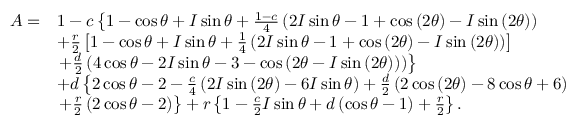
\begin{array} { r l } { A = } & { 1 - c \left\lbrace 1 - \cos \theta + I \sin \theta + \frac { 1 - c } { 4 } \left( 2 I \sin \theta - 1 + \cos \left( 2 \theta \right) - I \sin \left( 2 \theta \right) \right) \right. } \\ & { + \frac { r } { 2 } \left[ 1 - \cos \theta + I \sin \theta + \frac { 1 } { 4 } \left( 2 I \sin \theta - 1 + \cos \left( 2 \theta \right) - I \sin \left( 2 \theta \right) \right) \right] } \\ & { \left. + \frac { d } { 2 } \left( 4 \cos \theta - 2 I \sin \theta - 3 - \cos \left( 2 \theta - I \sin \left( 2 \theta \right) \right) \right) \right\rbrace } \\ & { + d \left\lbrace 2 \cos \theta - 2 - \frac { c } { 4 } \left( 2 I \sin \left( 2 \theta \right) - 6 I \sin \theta \right) + \frac { d } { 2 } \left( 2 \cos \left( 2 \theta \right) - 8 \cos \theta + 6 \right) \right. } \\ & { \left. + \frac { r } { 2 } \left( 2 \cos \theta - 2 \right) \right\rbrace + r \left\lbrace 1 - \frac { c } { 2 } I \sin \theta + d \left( \cos \theta - 1 \right) + \frac { r } { 2 } \right\rbrace . } \end{array}